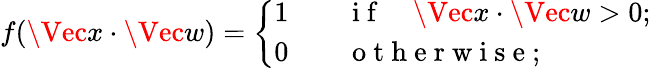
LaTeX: f(\Vec{x}\cdot\Vec{w})=\left\{ \begin{array}{ll}{1\qquad\mathrm{~i~f~}\quad\Vec{x}\cdot\Vec{w}>0;}\\ {0\qquad\mathrm{~o~t~h~e~r~w~i~s~e~};}\end{array}\right.